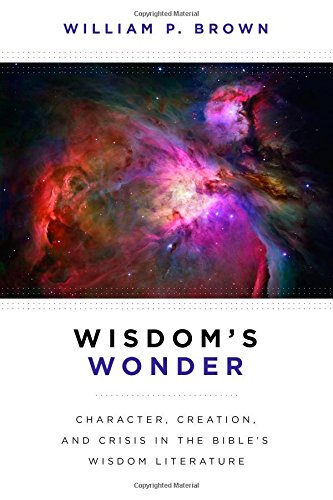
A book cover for Wisdom's Wonder: Character, Creation, and Crisis in the Bible's Wisdom Literature; William P. Brown; Christian Books & Bibles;